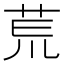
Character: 𫟎